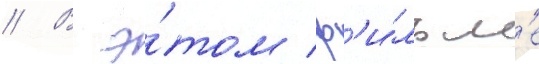
// В э́том ф'и́льм'е